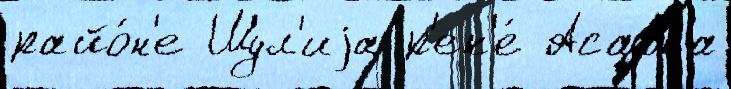
райо́н'е Шул'иjа р'ек'е́ Асавка